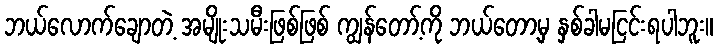
ဘယ်လောက်ချောတဲ့ အမျိုးသမီးဖြစ်ဖြစ် ကျွန်တော့်ကို ဘယ်တော့မှ နှစ်ခါမငြင်းရပါဘူး။